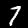
Digit: 7